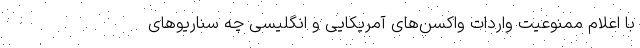
با اعلام ممنوعیت واردات واکسن‌های آمریکایی و انگلیسی چه سناریوهای